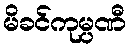
မိခင်ကုမ္ပဏီ